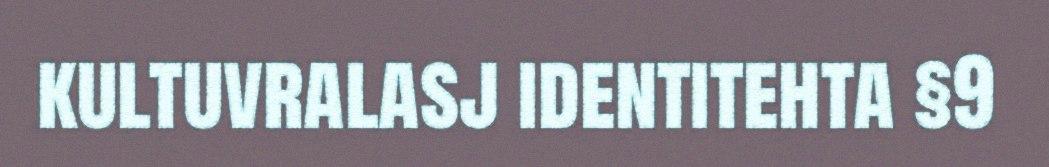
kultuvralasj identitehta §9